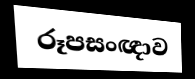
රූපසංඥාව